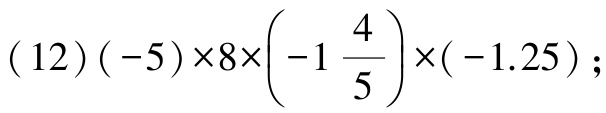
\((12)(-5)\times8\times\left(-1\frac{4}{5}\right)\times(-1.25);\)